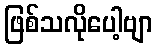
ဖြစ်သလိုပေါ့ဗျာ